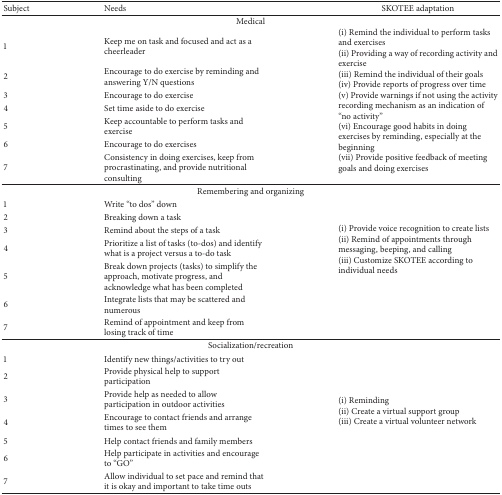
<table><thead><tr><td><b>Subject</b></td><td><b>Needs</b></td><td><b>SKOTEE adaptation</b></td></tr></thead><tbody><tr><td colspan="3">Medical</td></tr><tr><td>1</td><td>Keep me on task and focused and act as a cheerleader</td><td rowspan="7">(i) Remind the individual to perform tasks and exercises (ii) Providing a way of recording activity and exercise(iii) Remind the individual of their goals(iv) Provide reports of progress over time(v) Provide warnings if not using the activity recording mechanism as an indication of “no activity”(vi) Encourage good habits in doing exercises by reminding, especially at the beginning(vii) Provide positive feedback of meeting goals and doing exercises</td></tr><tr><td>2</td><td>Encourage to do exercise by reminding and answering Y/N questions</td></tr><tr><td>3</td><td>Encourage to do exercise</td></tr><tr><td>4</td><td>Set time aside to do exercise</td></tr><tr><td>5</td><td>Keep accountable to perform tasks and exercise</td></tr><tr><td>6</td><td>Encourage to do exercises</td></tr><tr><td>7</td><td>Consistency in doing exercises, keep from procrastinating, and provide nutritional consulting</td></tr><tr><td colspan="3">Remembering and organizing</td></tr><tr><td>1</td><td>Write “to dos” down</td></tr><tr><td>2</td><td>Breaking down a task</td></tr><tr><td>3</td><td>Remind about the steps of a task</td><td rowspan="3">(i) Provide voice recognition to create lists(ii) Remind of appointments through messaging, beeping, and calling(iii) Customize SKOTEE according to individual needs</td></tr><tr><td>4</td><td>Prioritize a list of tasks (to-dos) and identify what is a project versus a to-do task</td></tr><tr><td>5</td><td>Break down projects (tasks) to simplify the approach, motivate progress, and acknowledge what has been completed</td></tr><tr><td>6</td><td>Integrate lists that may be scattered and numerous</td></tr><tr><td>7</td><td>Remind of appointment and keep from losing track of time</td></tr><tr><td colspan="3">Socialization/recreation</td></tr><tr><td>1</td><td>Identify new things/activities to try out</td></tr><tr><td>2</td><td>Provide physical help to support participation</td></tr><tr><td>3</td><td>Provide help as needed to allow participation in outdoor activities</td><td rowspan="3">(i) Reminding(ii) Create a virtual support group (iii) Create a virtual volunteer network</td></tr><tr><td>4</td><td>Encourage to contact friends and arrange times to see them</td></tr><tr><td>5</td><td>Help contact friends and family members</td></tr><tr><td>6</td><td>Help participate in activities and encourage to “GO”</td></tr><tr><td>7</td><td>Allow individual to set pace and remind that it is okay and important to take time outs</td></tr></tbody></table>